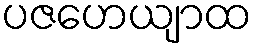
ပဇဟေယျာထ